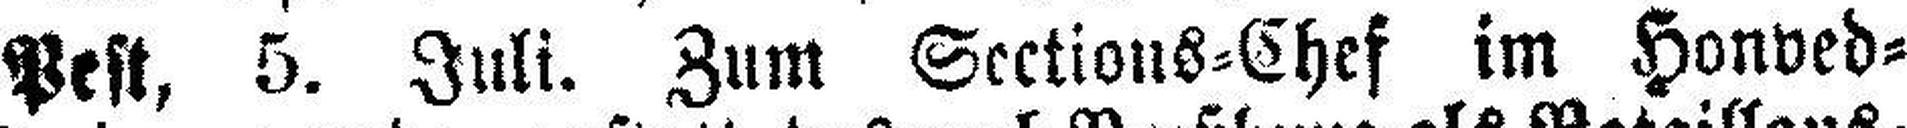
Pest, 5. Juli. Zum Sections=Chef im Honved¬